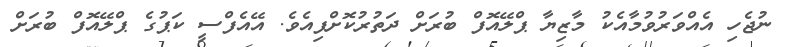
ނުޖެހި އެއްވަރުވުމާއެކު މާޒިޔާ ޕްލޭއޮފް ބުރަށް ދަތުރުކޮށްފިއެވެ. އޭއެފްސީ ކަޕުގެ ޕްލޭއޮފް ބުރަށް